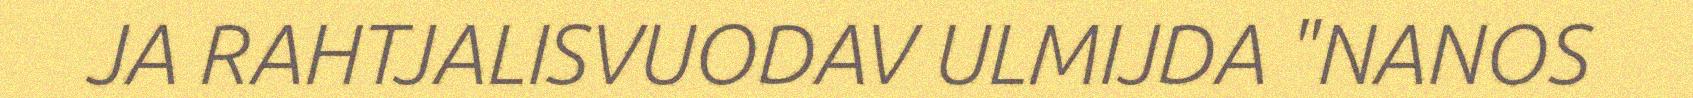
JA RAHTJALISVUODAV ULMIJDA "NANOS